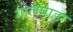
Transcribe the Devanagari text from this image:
गोलपाड़ा